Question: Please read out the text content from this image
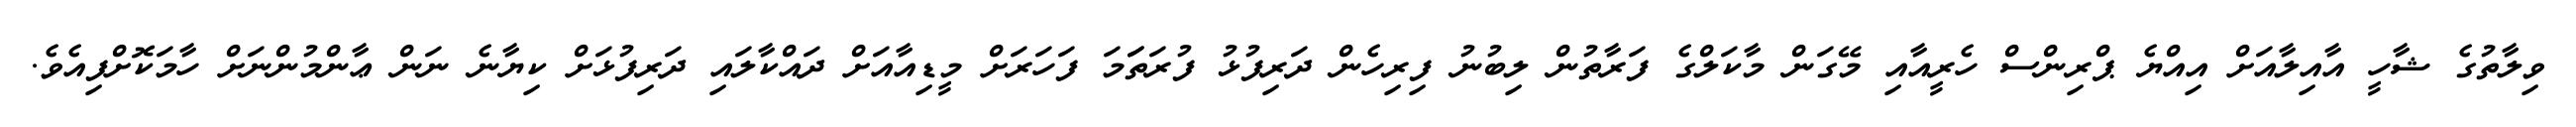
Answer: ވިލާތުގެ ޝާހީ އާއިލާއަށް އިއްޔެ ޕްރިންސް ހެރީއާއި މޭގަން މާކަލްގެ ފަރާތުން ލިބުނު ފިރިހެން ދަރިފުޅު ފުރަތަަމަ ފަހަރަށް މީޑިއާއަށް ދައްކާލައި ދަރިފުޅަށް ކިޔާނެ ނަން ޢާންމުންނަށް ހާމަކޮށްފިއެވެ.